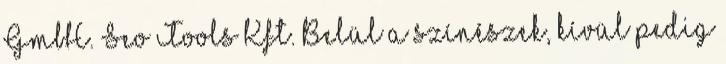
GmbH. Seo Tools Kft. Belül a színészek, kívül pedig